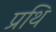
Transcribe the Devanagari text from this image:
प्रथि